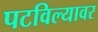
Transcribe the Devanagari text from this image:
पटविल्यावर